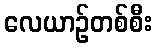
လေယာဉ်တစ်စီး